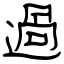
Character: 過